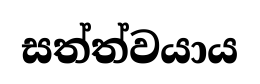
සත්ත්වයාය